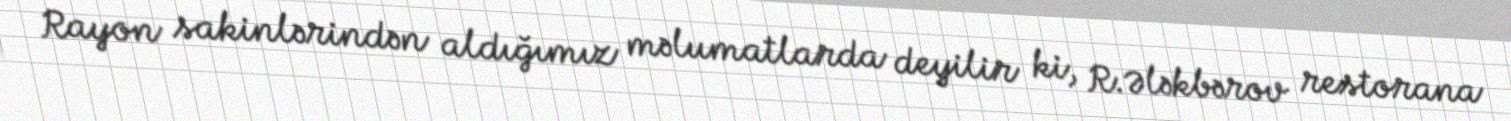
Rayon sakinlərindən aldığımız məlumatlarda deyilir ki, R.Ələkbərov restorana